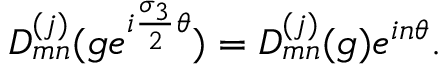
D _ { m n } ^ { ( j ) } ( g e ^ { i { \frac { { \sigma } _ { 3 } } { 2 } } { \theta } } ) = D _ { m n } ^ { ( j ) } ( g ) e ^ { i n { \theta } } .